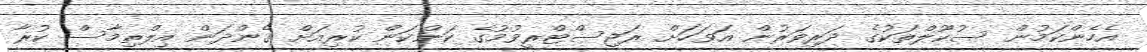
އެހެންކަމުން ސުކޫލްތަކުގެ ދަރިވަރުން އަވަހަށް ރަޖިސްޓްރީވުމުގެ ކަންކަން ކުރިއަށް ގެންދަން އިލްތިމާސް ކުރާ